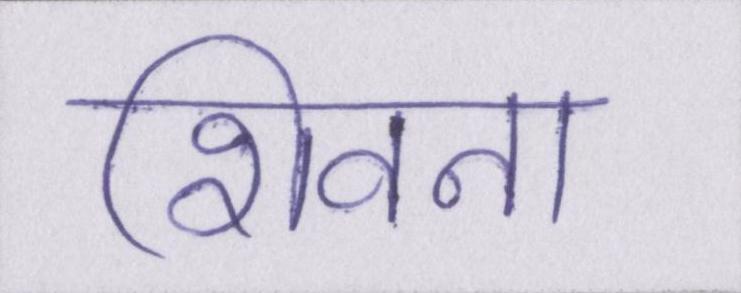
शिवना